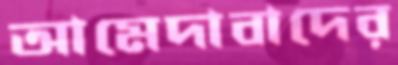
আমেদাবাদের